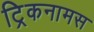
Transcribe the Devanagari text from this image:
ट्रिकनामस